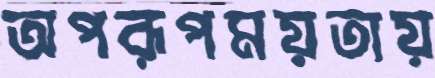
অপরূপময়তায়